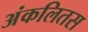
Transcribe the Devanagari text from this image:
अंकलितस